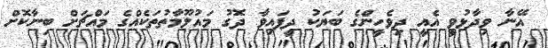
އޭނާ ވިދާޅުވީ އެއީ ދިވެހީންގެ ބަޔަކު ދީފައިވާ ދޮގު މައުލޫމާތުތަކެއްގެ މައްޗަށް ބިނާކޮށް